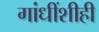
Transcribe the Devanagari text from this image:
गांधींशीही